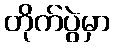
တိုက်ပွဲမှာ